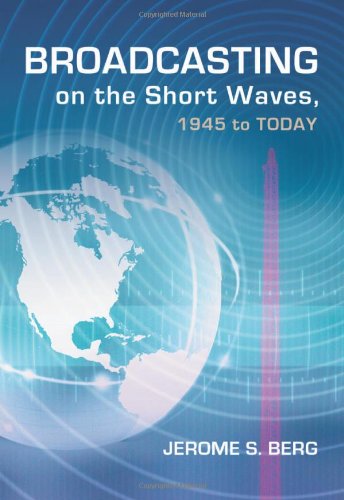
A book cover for Broadcasting on the Short Waves, 1945 to Today; Jerome S. Berg; Humor & Entertainment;